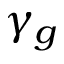
\gamma _ { g }